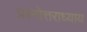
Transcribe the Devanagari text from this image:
प्रश्नोत्तराध्याय